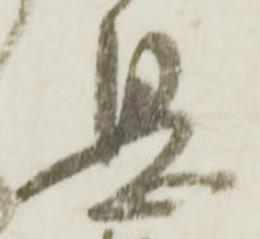
息